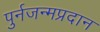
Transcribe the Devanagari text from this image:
पुर्नजन्मप्रदान